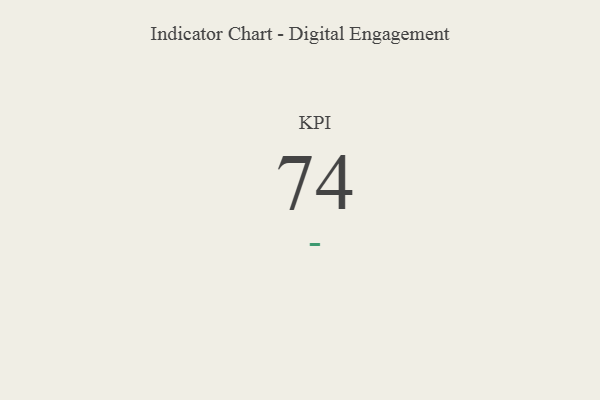
{"axis": {"x": "KPI", "y": "Value"}, "legend": [""], "data": [{"x": "KPI", "y": 74, "type": ""}]}